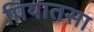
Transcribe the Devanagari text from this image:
पियातसा